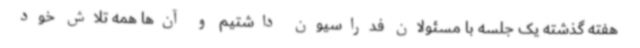
هفته گذشته یک جلسه با مسئولان فدراسیون داشتیم و آن‌ها همه تلاش خود